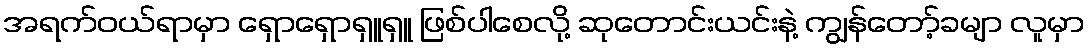
အရက်ဝယ်ရာမှာ ရှောရှောရှူရှူ ဖြစ်ပါစေလို့ ဆုတောင်းယင်းနဲ့ ကျွန်တော့်ခမျာ လူမှာ